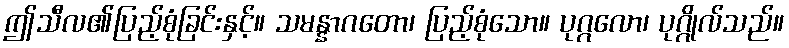
ဤသီလ၏ပြည့်စုံခြင်းနှင့်။ သမန္နာဂတော၊ ပြည့်စုံသော။ ပုဂ္ဂလော၊ ပုဂ္ဂိုလ်သည်။